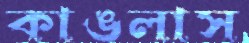
কাঙলাস